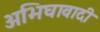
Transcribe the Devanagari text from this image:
अभिघावादी